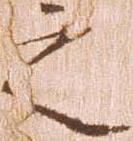
之